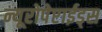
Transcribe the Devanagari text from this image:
न्यूरोपेप्टाईड्स